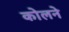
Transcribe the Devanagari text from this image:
कोलने